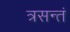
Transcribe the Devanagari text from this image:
त्रसन्तं